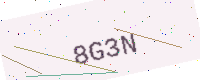
Text: 8G3N